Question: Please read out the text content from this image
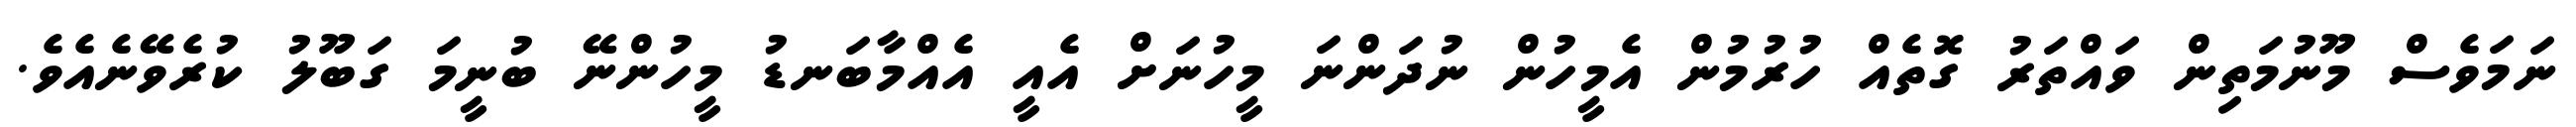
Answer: ނަމަވެސް މޫނުމަތިން ވައްތަރު ގޮތެއް ހުރުމުން އެމީހުން ނުދަންނަ މީހުނަށް އެއީ އެއްމާބަނޑު މީހުންނޭ ބުނީމަ ގަބޫލު ކުރެވޭނެއެވެ.